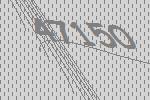
47150